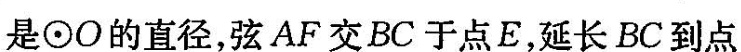
是\odot O的直径，弦AF交BC于点E，延长BC到点